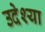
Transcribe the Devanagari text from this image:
उदेश्या